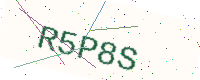
Text: R5P8S